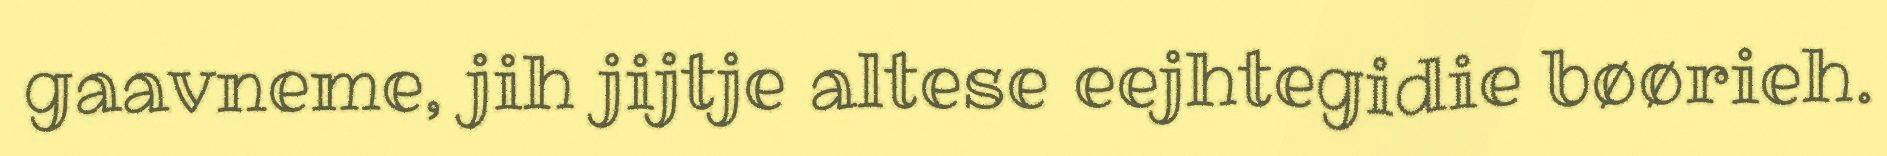
gaavneme, jih jijtje altese eejhtegidie bøørieh.